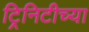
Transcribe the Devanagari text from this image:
ट्रिनिटीच्या